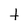
Character: t